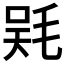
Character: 𣮇